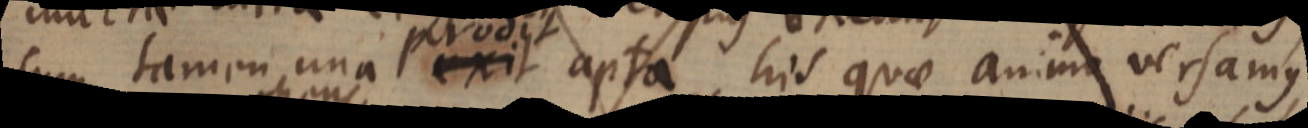
cum tamen una exit apta his quae animo versamus,